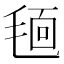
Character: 𣮗